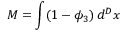
M = \int ( 1 - \phi _ { 3 } ) \, d ^ { D } x